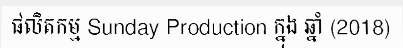
ផលិតកម្ម Sunday Production ក្នុង ឆ្នាំ (2018)